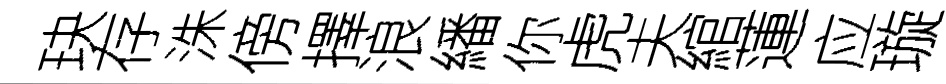
玦存洙傍擇浪繙你虎夫綰蓮应璇